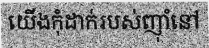
យើងកុំដាក់របស់ញ៉ាំនៅ